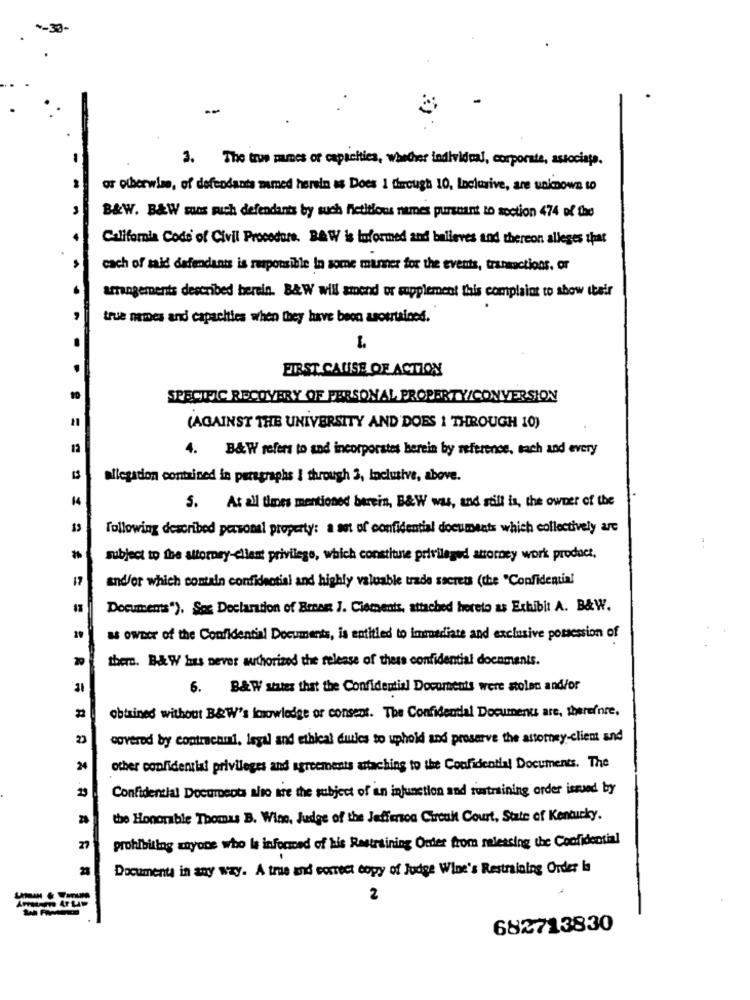
3. The true names of capacities, whether individual, corporate, associate.
or otherwise, of defendants mamed herein as Does 1 through 10, Inclusive, are unknown to
B&W. B&W suns mich defendants by such fictitious names pursuant to section 474 of the
California Code of Civil Procedure. BAW is tuformed and balleves and thereon alleges that
cach of said defendants is responsible In some manner for the events, transactions, or
arrangements described herein. B&W will amend or supplement this complaint to show their
true names and capacities when they have been ascertainod.
FIRST CAUSE OF ACTION
SPECIFIC RECOVERY OF PERSONAL PROPERTY/CONVERSION
(AGAINST THE UNIVERSITY AND DOES 1 THROUGH 10)
12
4. B&W refers to and incorporates berein by reference, each and every
allegadon contained in paragraphs I through 3, inclusive, above.
14
5. At all times mentioned berein, B&W was, and still is, the owner of the
following described personal property: a set of confidential documents which collectively are
subject to the attorney-client privilege, which constiune privileged attorney work product.
17
and/or which contain confidential and highly valuable trade secrets (the "Confidential
Documents"). Soc Declaration of Breast J. Clements, attached hereto as Exhibit A. B&W.
as owner of the Confidential Documents, is entitled to immediate and exclusive possession of
there. B&W has never authorized the release of these confidential documents.
6. B&W states that the Confidential Documents were stolen and/or
obtained without B&W's imnowledge or consent. The Confidential Documents are, therefore,
20
covered by contraenmi, legal and ethical duties to uphold and preserve the attorney-client and
24
other confidential privileges and agreements attaching to the Confidential Documents. The
23
Confidencial Documents also are the subject of an infunction and restraining order issued by
the Honorable Thomas B. Wino, Judge of the Jefferson Circuit Court, State of Kentucky.
prohibiting anyone who le informed of his Restraining Order from selessing the Confidential
27
28
Documenta in any way. A true and correct copy of Judge Wine's Restraining Order is
2
682713830